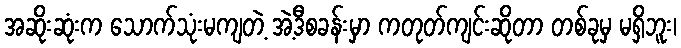
အဆိုးဆုံးက သောက်သုံးမကျတဲ့ အဲ့ဒီစခန်းမှာ ကတုတ်ကျင်းဆိုတာ တစ်ခုမှ မရှိဘူး၊